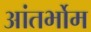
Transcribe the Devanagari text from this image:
आंतर्भोम